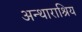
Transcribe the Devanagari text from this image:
अन्थाराश्रिय